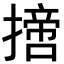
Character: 𢴨